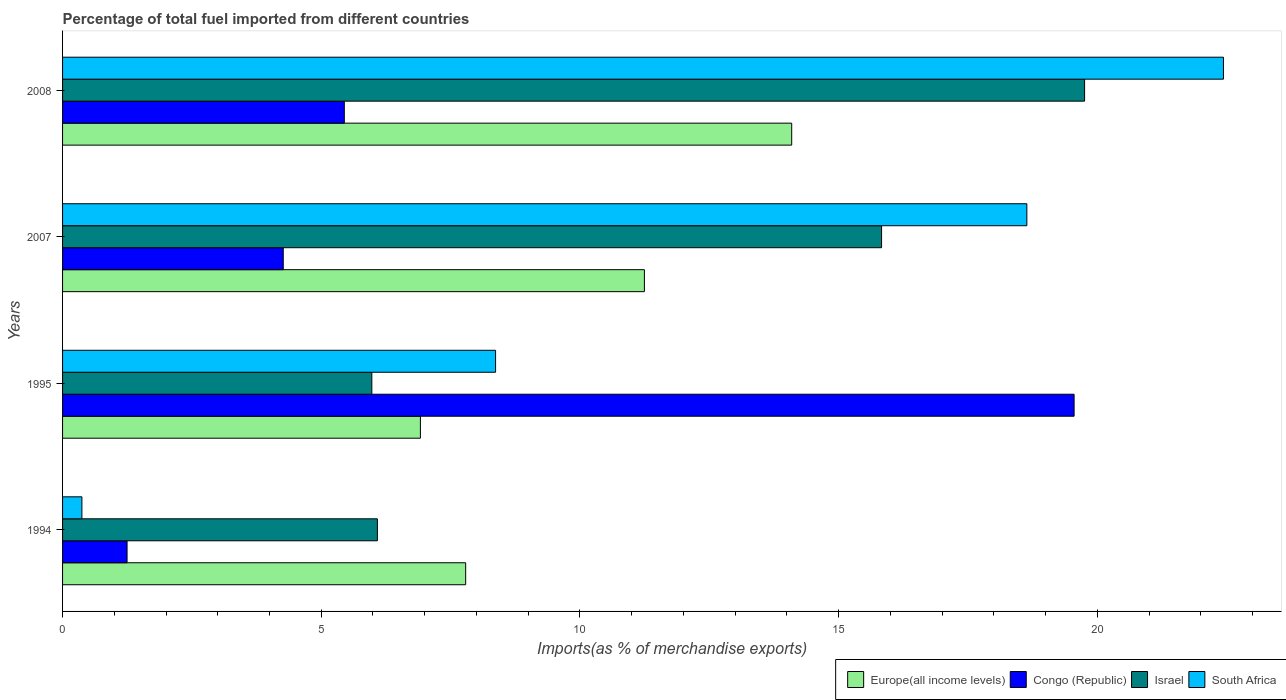
| Years | Europe(all income levels) | Congo (Republic) | Israel | South Africa |
 | --- | --- | --- | --- | --- |
 | 1994 | 7.79 | 1.25 | 6.09 | 0.374 |
 | 1995 | 6.92 | 19.6 | 5.98 | 8.37 |
 | 2007 | 11.2 | 4.27 | 15.8 | 18.6 |
 | 2008 | 14.1 | 5.45 | 19.8 | 22.4 |